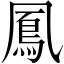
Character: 鳳